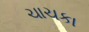
ચાચકા